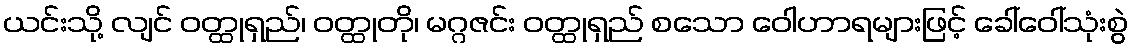
ယင်းသို့ လျင် ဝတ္ထုရှည်၊ ဝတ္ထုတို၊ မဂ္ဂဇင်း ဝတ္ထုရှည် စသော ဝေါဟာရများဖြင့် ခေါ်ဝေါ်သုံးစွဲ